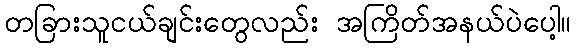
တခြားသူငယ်ချင်းတွေလည်း အကြိတ်အနယ်ပဲပေါ့။